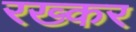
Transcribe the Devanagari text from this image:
रख्कर